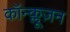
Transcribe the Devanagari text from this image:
कॉन्क्लूज़न